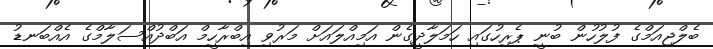
ބެލްޖިއަމްގެ ފުލުހުން ބުނީ ޕެރިހުގައި ހަމަލާދީގެން އަމިއްލައަށް މަރުވި އިބްރާހީމް އަބްދުއްސަލާމްގެ އެއްބަނޑު